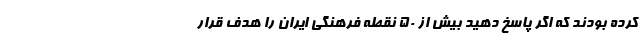
کرده بودند که اگر پاسخ دهید بیش از ۵۰ نقطه فرهنگی ایران را هدف قرار